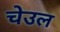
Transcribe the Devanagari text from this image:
चेउल